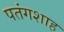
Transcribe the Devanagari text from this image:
पतंगशाह